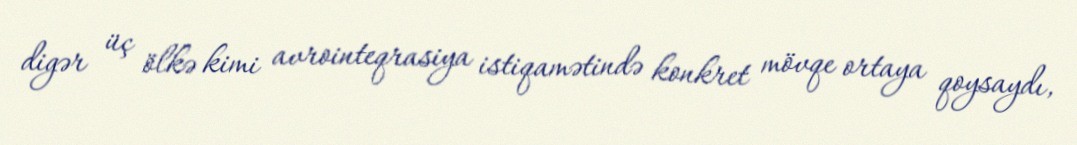
digər üç ölkə kimi avrointeqrasiya istiqamətində konkret mövqe ortaya qoysaydı,